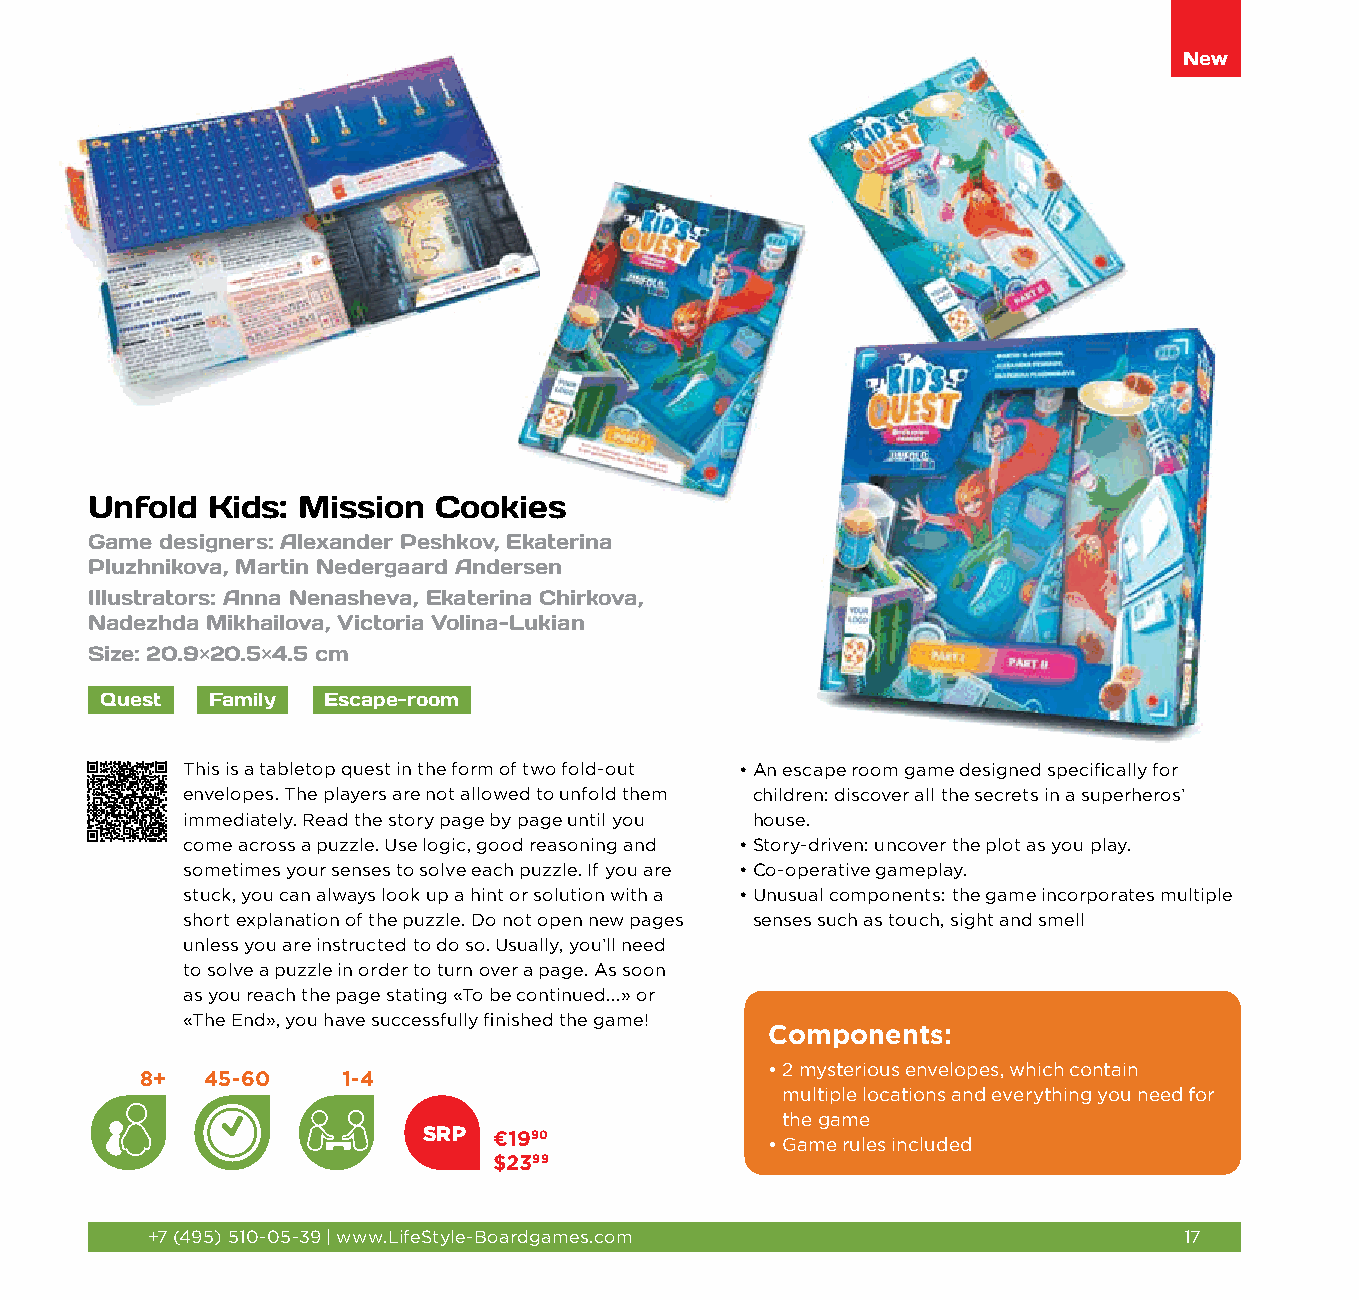
New
 Unfold  Kids: Mission  Cookies
 Game designers: Alexander Peshkov, Ekaterina
 Pluzhnikova, Martin Nedergaard Andersen
 Illustrators: Anna Nenasheva, Ekaterina Chirkova,
 Nadezhda Mikhailova, Victoria Volina-Lukian
 Size: 20.9×20.5×4.5 cm
 Quest  Family Escape-room
 This is a tabletop quest in the form of two fold-out • An escape room game designed specifically for
 envelopes. The players are not allowed to unfold them children: discover all the secrets in a superheros’
 immediately. Read the story page by page until you house.
 come across a puzzle. Use logic, good reasoning and • Story-driven: uncover the plot as you play.
 sometimes your senses to solve each puzzle. If you are • C o-operative gameplay.
 stuck, you can always look up a hint or solution with a • Unusual components: the game incorporates multiple
 short explanation of the puzzle. Do not open new pages senses such as touch, sight and smell
 unless you are instructed to do so. Usually, you’ll need
 to solve a puzzle in order to turn over a page. As soon
 as you reach the page stating «To be continued...» or
 «The End», you have successfully finished the game!
 Components:
 • 2 mysterious envelopes, which contain
 8+  45-60     1-4
 multiple locations and everything you need for
 the game
 SRP  €1990
 • G ame rules included
 $2399
 +7 (495) 510-05-39 | www.LifeStyle-Boardgames.com                   17